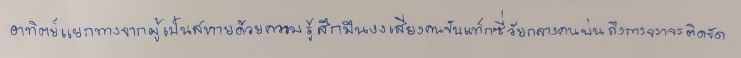
อาทิตย์แยกทางจากผู้เป็นสหายด้วยความรู้สึกมึนงงเสียงคนขับแท็กซี่วัยกลางคนบ่นถึงการจราจรติดขัด